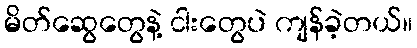
မိတ်ဆွေတွေနဲ့ ငါးတွေပဲ ကျန်ခဲ့တယ်။